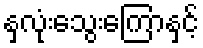
နှလုံးသွေးကြောနှင့်